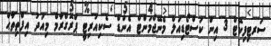
ސަރޓިފިކޭޓް 3 އިން ކަސްޓޯޑިއަލް މެނޭޖްމަންޓް އެންޑް ސެކިއުރިޓީ ޕްރޮގްރާމް މިއަދު އިފްތިތާޙް